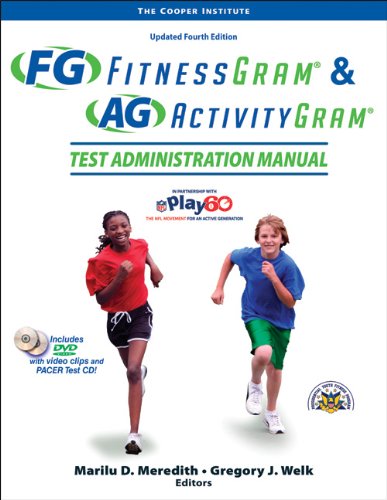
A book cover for Fitnessgram & Activitygram Test Administration Manual-Updated 4th Edition; The Cooper Institute; Medical Books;